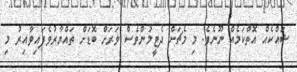
ޝައްކެއް އޮތްކަމެއް ނޫނެވެ. މި މެޗަށް ދެޓީމުންވެސް ވަރަށް ބޮޑަށް ތައްޔާރުވެފައިވާއިރު މި